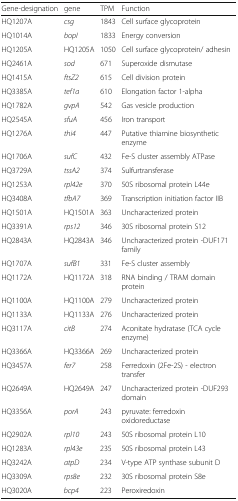
| Gene-designation | gene | TPM | Function |
 | --- | --- | --- | --- |
 | HQ1207A | csg | 1843 | Cell surface glycoprotein |
 | HQ1014A | bopI | 1833 | Energy conversion |
 | HQ1205A | HQ1205A | 1050 | Cell surface glycoprotein/ adhesin |
 | HQ2461A | sod | 671 | Superoxide dismutase |
 | HQ1415A | ftsZ2 | 615 | Cell division protein |
 | HQ3385A | tef1a | 610 | Elongation factor 1-alpha |
 | HQ1782A | gvpA | 542 | Gas vesicle production |
 | HQ2545A | sfuA | 456 | Iron transport |
 | HQ1276A | thi4 | 447 | Putative thiamine biosynthetic enzyme |
 | HQ1706A | sufC | 432 | Fe-S cluster assembly ATPase |
 | HQ3729A | tssA2 | 374 | Sulfurtransferase |
 | HQ1253A | rpl42e | 370 | 50S ribosomal protein L44e |
 | HQ3408A | tfbA7 | 369 | Transcription initiation factor IIB |
 | HQ1501A | HQ1501A | 363 | Uncharacterized protein |
 | HQ3391A | rps12 | 346 | 30S ribosomal protein S12 |
 | HQ2843A | HQ2843A | 346 | Uncharacterized protein -DUF171 family |
 | HQ1707A | sufB1 | 331 | Fe-S cluster assembly |
 | HQ1172A | HQ1172A | 318 | RNA binding / TRAM domain protein |
 | HQ1100A | HQ1100A | 279 | Uncharacterized protein |
 | HQ1133A | HQ1133A | 276 | Uncharacterized protein |
 | HQ3117A | citB | 274 | Aconitate hydratase (TCA cycle enzyme) |
 | HQ3366A | HQ3366A | 269 | Uncharacterized protein |
 | HQ3457A | fer7 | 258 | Ferredoxin (2Fe-2S) - electron transfer |
 | HQ2649A | HQ2649A | 247 | Uncharacterized protein -DUF293 domain |
 | HQ3356A | porA | 243 | pyruvate: ferredoxin oxidoreductase |
 | HQ2902A | rpl10 | 243 | 50S ribosomal protein L10 |
 | HQ1283A | rpl43e | 235 | 50S ribosomal protein L43 |
 | HQ3242A | atpD | 234 | V-type ATP synthase subunit D |
 | HQ3309A | rps8e | 232 | 30S ribosomal protein S8e |
 | HQ3020A | bcp4 | 223 | Peroxiredoxin |